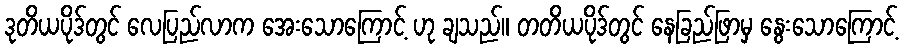
ဒုတိယပိုဒ်တွင် လေပြည်လာက အေးသောကြောင့် ဟု ချသည်။ တတိယပိုဒ်တွင် နေခြည်ဖြာမှ နွေးသောကြောင့်